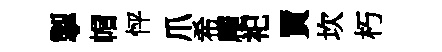
掣帽怦爪希龐祀買坎朽